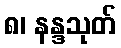
၈၊ နန္ဒသုတ်